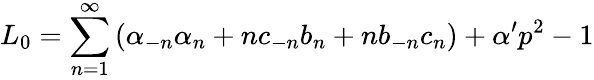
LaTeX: L_{0}=\sum_{n=1}^{\infty}\left(\alpha_{-n}\alpha_{n}+nc_{-n}b_{n}+nb_{-n}c_{n}\right)+\alpha^{\prime}p^{2}-1